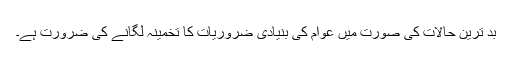
بد ترین حالات کی صورت میں عوام کی بنیادی ضروریات کا تخمینہ لگانے کی ضرورت ہے۔